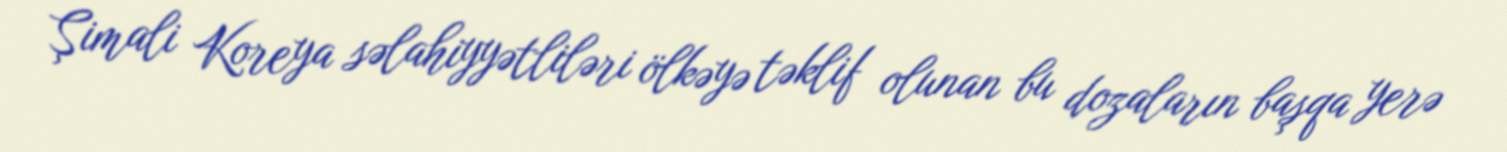
Şimali Koreya səlahiyyətliləri ölkəyə təklif olunan bu dozaların başqa yerə